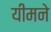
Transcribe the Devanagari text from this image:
यीमने